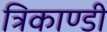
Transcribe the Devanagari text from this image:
त्रिकाण्डी